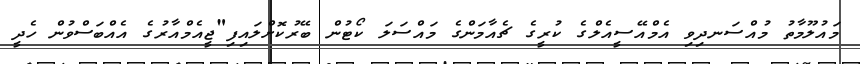
މައުލޫމާތު މުއްސަނދިވި އެމްއޭސީއެލްގެ ކުރީގެ ޗެއާމަންގެ މައްސަލަ ކޯޓުން ބޭރުކޮށްލައިފި"ޖީއެމްއާރުގެ އެއްބަސްވުން ހެދީ